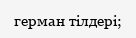
герман тілдері;